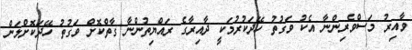
ވާއިރު މަސްވެރިންނާ އެކު ވަގުތު ހޭދަކުރުމަކީ ދާއިރާގެ ރައްޔިތުންނާ ގާތްކޮށް ވަގުތު ހޭދަކޮށްލަން